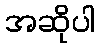
အဆိုပါ